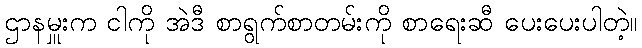
ဌာနမှူးက ငါကို အဲဒီ စာရွက်စာတမ်းကို စာရေးဆီ ပေးပေးပါတဲ့။